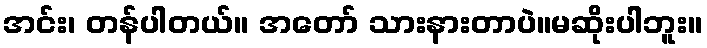
အင်း၊ တန်ပါတယ်။ အတော် သားနားတာပဲ။မဆိုးပါဘူး။